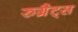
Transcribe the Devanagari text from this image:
रुग्रैट्स